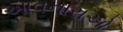
આવનારાઓ